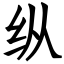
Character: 纵